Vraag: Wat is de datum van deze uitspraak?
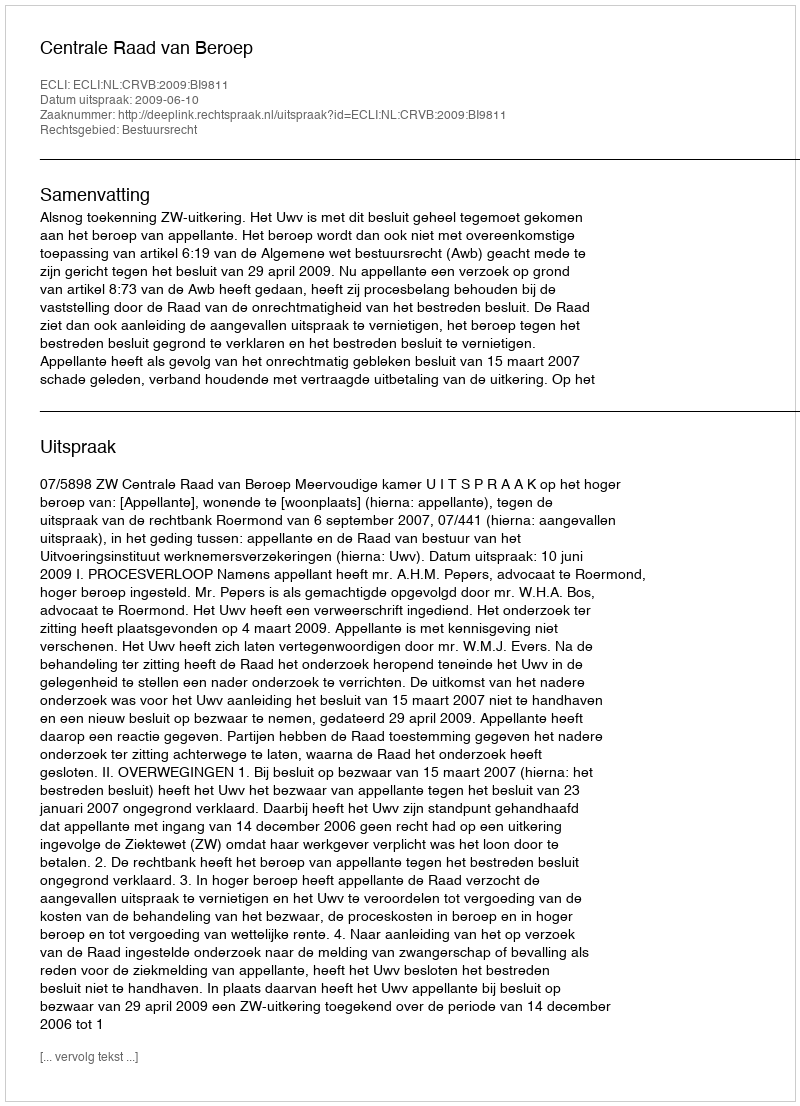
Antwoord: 2009-06-10